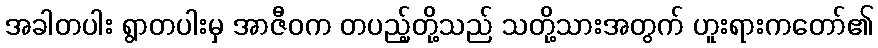
အခါတပါး ရွာတပါးမှ အာဇီဝက တပည့်တို့သည် သတို့သားအတွက် ဟူးရားကတော်၏